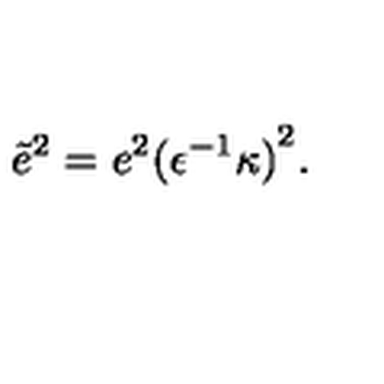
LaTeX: { \tilde { e } } ^ { 2 } = e ^ { 2 } { ( { \epsilon } ^ { - 1 } \kappa ) } ^ { 2 } .